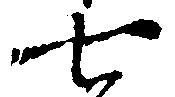
七